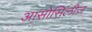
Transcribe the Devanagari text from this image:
आसोसिलीज़